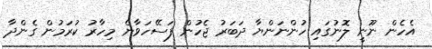
އެހެން ނޫނީ ލޮނުގައި ހުންނަންޔާ ދަބަރު ޖެހުން ފަސޭހަވާނެ މިހާރު ކުރަމުން ގެންދާ